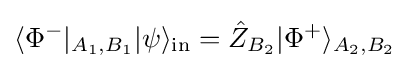
\langle \Phi ^{-}|_{A_{1},B_{1}}|\psi \rangle _{\rm {in}}={\hat {Z}}_{B_{2}}|\Phi ^{+}\rangle _{A_{2},B_{2}}